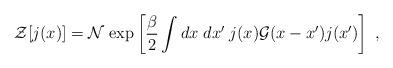
LaTeX: \begin{align*}{\cal Z}[j(x)] = {\cal N} \; {\rm exp} \left[ {\beta \over 2} \int dx \;dx' \;j(x) {\cal G}(x-x') j(x') \right]\;,\end{align*}